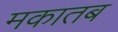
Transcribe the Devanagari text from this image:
मकातब